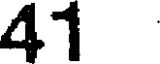
41